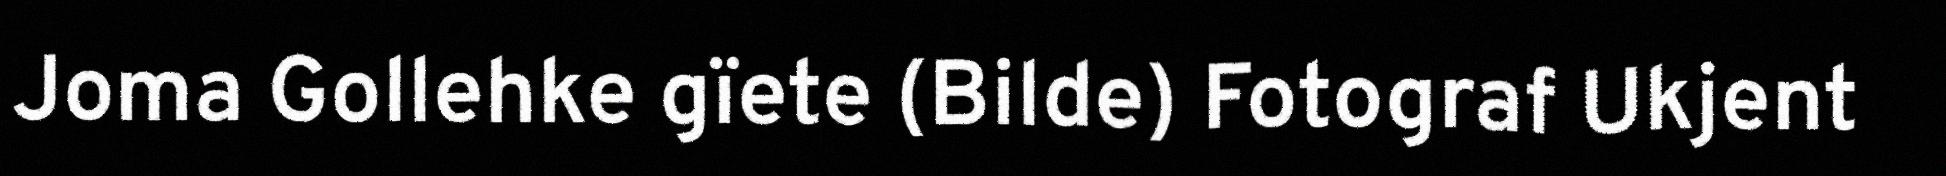
Joma Gollehke gïete (Bilde) Fotograf Ukjent